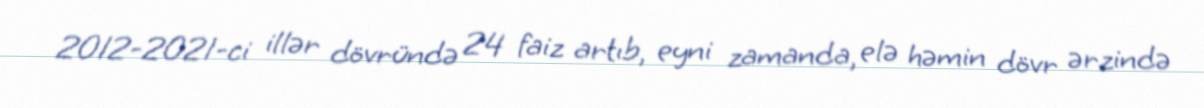
2012-2021-ci illər dövründə 24 faiz artıb, eyni zamanda, elə həmin dövr ərzində